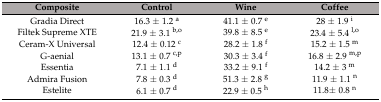
<table><thead><tr><td><b>Composite</b></td><td><b>Control</b></td><td><b>Wine</b></td><td><b>Coffee</b></td></tr></thead><tbody><tr><td>Gradia Direct</td><td>16.3 ± 1.2 <sup>a</sup></td><td>41.1 ± 0.7 <sup>e</sup></td><td>28 ± 1.9 <sup>i</sup></td></tr><tr><td>Filtek Supreme XTE</td><td>21.9 ± 3.1 <sup>b,o</sup></td><td>39.8 ± 8.5 <sup>e</sup></td><td>23.4 ± 5.4 <sup>l,o</sup></td></tr><tr><td>Ceram-X Universal</td><td>12.4 ± 0.12 <sup>c</sup></td><td>28.2 ± 1.8 <sup>f</sup></td><td>15.2 ± 1.5 <sup>m</sup></td></tr><tr><td>G-aenial</td><td>13.1 ± 0.7 <sup>c,p</sup></td><td>30.3 ± 3.4 <sup>f</sup></td><td>16.8 ± 2.9 <sup>m,p</sup></td></tr><tr><td>Essentia</td><td>7.1 ± 1.1 <sup>d</sup></td><td>33.2 ± 9.1 <sup>f</sup></td><td>14.2 ± 3 <sup>m</sup></td></tr><tr><td>Admira Fusion</td><td>7.8 ± 0.3 <sup>d</sup></td><td>51.3 ± 2.8 <sup>g</sup></td><td>11.9 ± 1.1 <sup>n</sup></td></tr><tr><td>Estelite</td><td>6.1 ± 0.7 <sup>d</sup></td><td>22.9 ± 0.5 <sup>h</sup></td><td>11.8± 0.8 <sup>n</sup></td></tr></tbody></table>